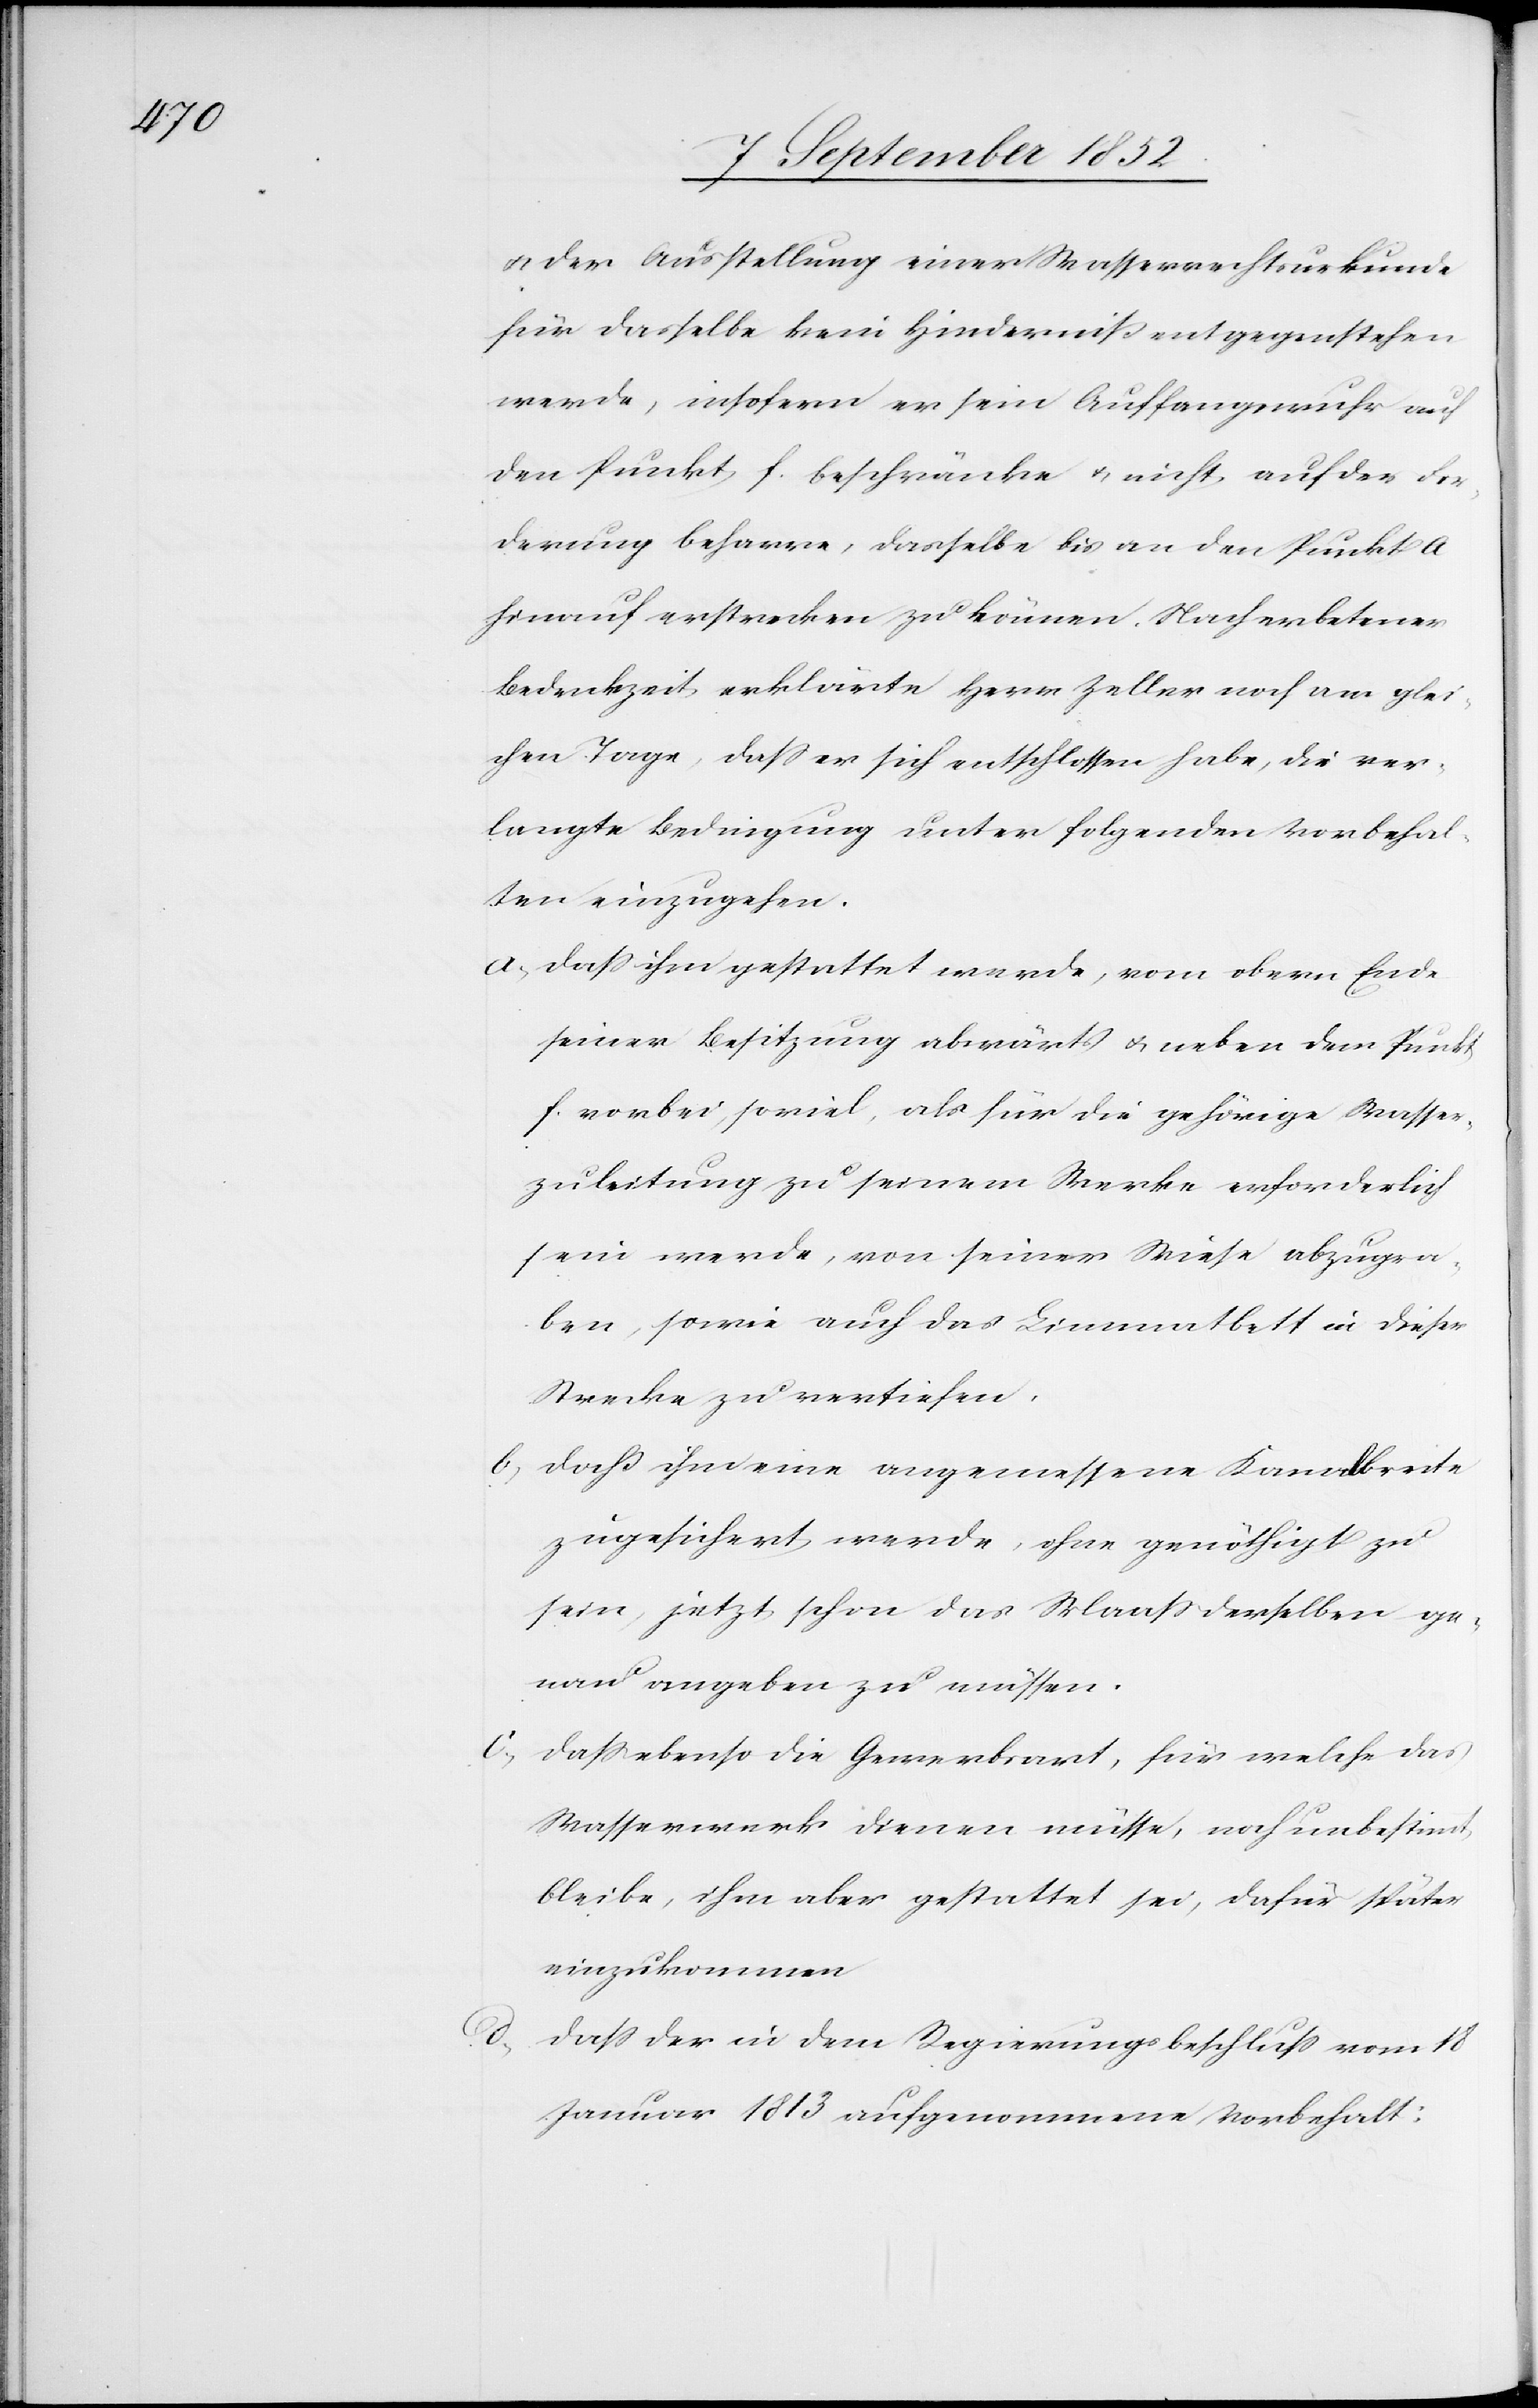
& der Ausstellung einer Wasserrechtsurkunde
für dasselbe kein Hinderniß entgegenstehen
werde, insofern er sein Auffangswuhr auf
den Punkt f. beschränke & nicht auf der For¬
derung beharre, dasselbe bis an den Punkt a
hinauf erstrecken zu können. Nach erbetener
Bedenkzeit erklärte Herr Zeller noch am glei¬
chen Tage, dass er sich entschlossen habe, die ver¬
langte Bedingung unter folgenden Vorbehal¬
ten einzugehen.
dass ihm gestattet werde, vom obern Ende
seiner Besitzung abwärts & neben dem Punkt
f. vorbei, soviel, als für die gehörige Wasser¬
zuleitung zu seinem Werke erforderlich
sein werde, von seiner Wiese abzugra¬
ben, sowie auch das Limmatbett in dieser
Strecke zu vertiefen.
daß ihm eine angemessene Kanalbreite
zugesichert werde, ohne genöthigt zu
sein, jetzt schon das Maass derselben ge¬
nau angeben zu müssen.
dass ebenso die Gewerbsart, für welche das
Wasserwerk dienen müsse, noch unbestim[m]t
bleibe, ihm aber gestattet sei, dafür später
einzukommen
dass der in dem Regierungsbeschluss vom 18
Januar 1813 aufgenommene Vorbehalt: